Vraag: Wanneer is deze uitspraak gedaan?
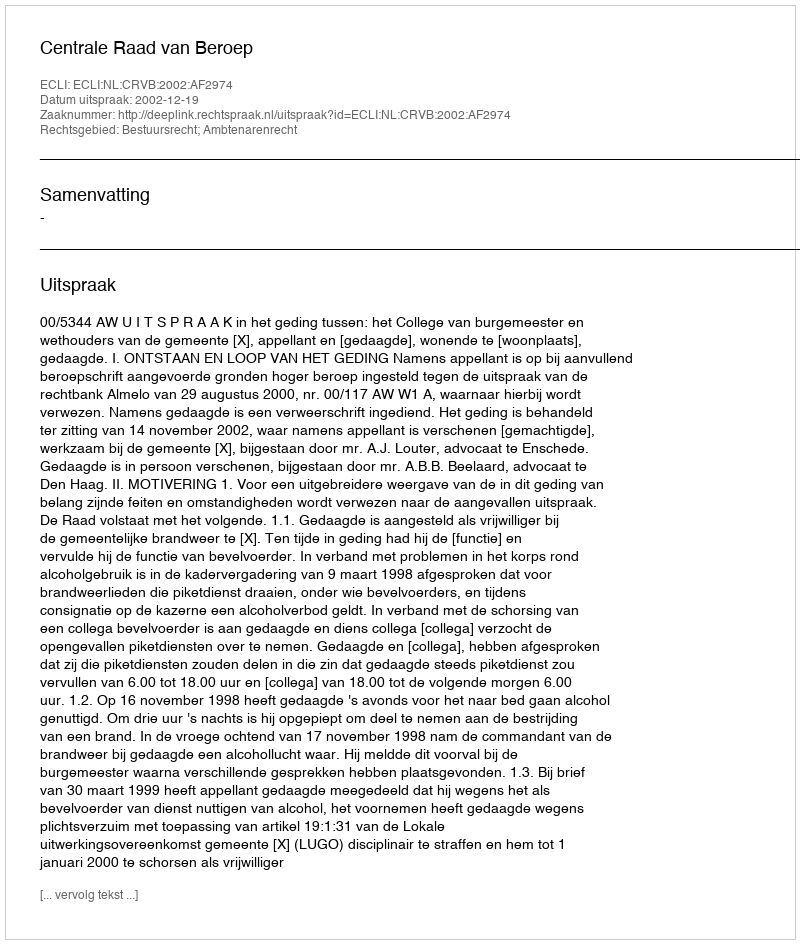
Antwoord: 2002-12-19